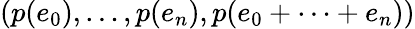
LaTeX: (p(e_{0}),\ldots,p(e_{n}),p(e_{0}+\cdots+e_{n}))